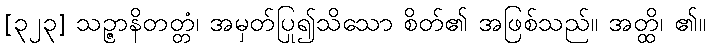
[၃၂၃] သဉ္ဇာနိတတ္တံ၊ အမှတ်ပြု၍သိသော စိတ်၏ အဖြစ်သည်။ အတ္ထိ၊ ၏။